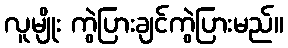
လူမျိုး ကွဲပြားချင်ကွဲပြားမည်။